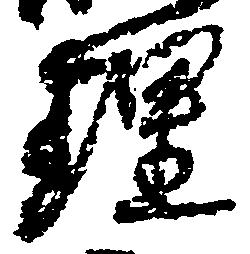
理